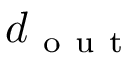
d _ { \mathrm { ~ o ~ u ~ t ~ } }